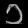
Digit: ၁